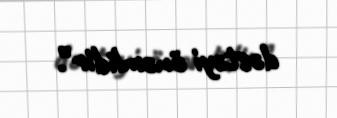
dəstəyi önəmlidir”.